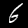
Label: 6